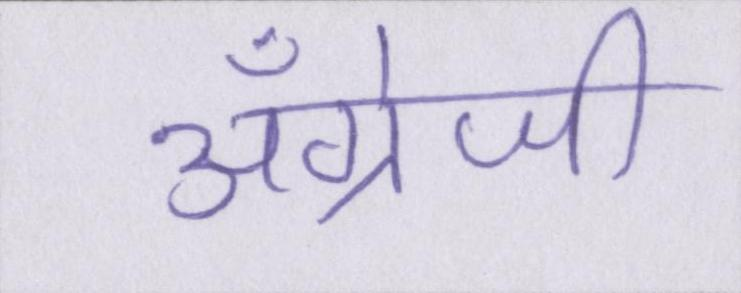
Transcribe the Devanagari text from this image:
अँग्रेजी